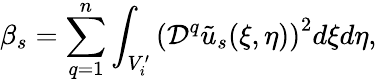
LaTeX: \beta_{s}=\sum_{q=1}^{n}\int_{V_{i}^{\prime}}\left(\mathcal{D}^{q}\tilde{u}_{s}(\xi,\eta)\right)^{2}d\xi d\eta,